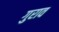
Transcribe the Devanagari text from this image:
गुराव